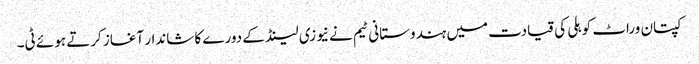
کپتان وراٹ کوہلی کی قیادت میں ہندوستانی ٹیم نے نیوزی لینڈ کے دورے کا شاندار آغاز کرتے ہوئے ٹی۔